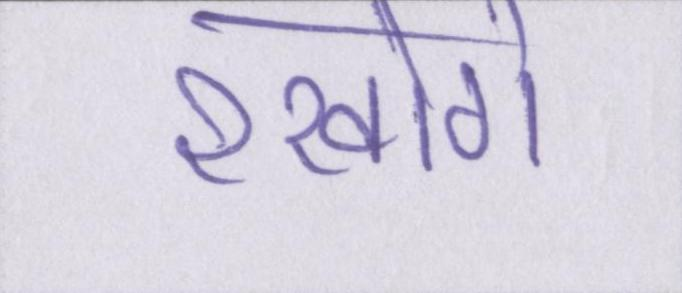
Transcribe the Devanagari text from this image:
रखोगे